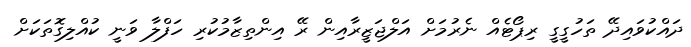
ދައްކުވައިދޭ ތަހުގީގީ ރިޕޯޓެއް ނެރުމަށް އަލްޖަޒީރާއިން ރޭ އިންތިޒާމުކުރި ހަފްލާ ވަނީ ކުއްލިގޮތަކަށް